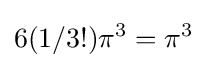
6(1/3!)\pi ^{3}=\pi ^{3}